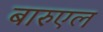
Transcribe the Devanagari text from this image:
बारुएल